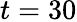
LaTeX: t=30